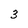
Character: 3